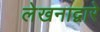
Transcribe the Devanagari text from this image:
लेखनाद्वारे